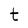
Character: t